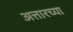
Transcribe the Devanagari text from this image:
अत्तारच्या